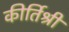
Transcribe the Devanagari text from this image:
कीर्तिश्री